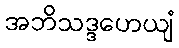
အဘိသဒ္ဒဟေယျံ